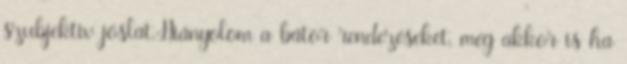
szubjektiv jóslat.Hiányolom a bátor rendezéseket, még akkor is ha